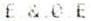
E &.0 E